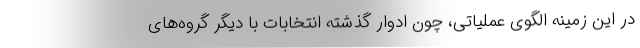
در این زمینه الگوی عملیاتی، چون ادوار گذشته انتخابات با دیگر گروه‌های